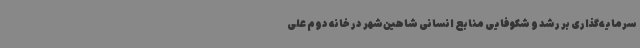
سرمایه‌گذاری بر رشد و شکوفایی منابع انسانی شاهین‌شهر در خانه دوم علی